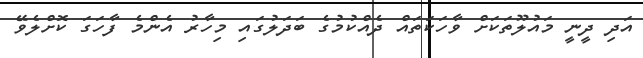
އަދި ދީނީ މައުލޫތަކަށް ވާހަކަތައް ދެއްކުމުގެ ބަދަލުގައި މިހާރު އެންމެ ފާހަގަ ކޮށްލެވޭ